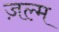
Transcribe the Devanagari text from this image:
ज़ल्म